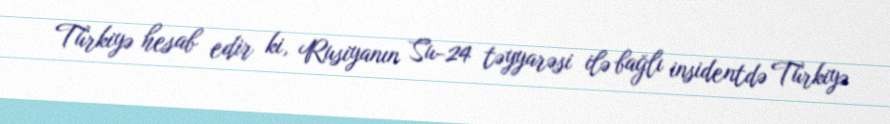
Türkiyə hesab edir ki, Rusiyanın Su-24 təyyarəsi ilə bağlı insidentdə Türkiyə